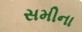
સમીના